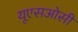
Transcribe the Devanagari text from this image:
यूएसओसी